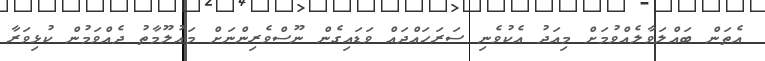
އެތަން ބައްލަވާލެއްވުމަށް މިއަދު އެކުވެނި ސަރަހައްދައް ވަޑައިގެން ނޫސްވެރިންނަށް މައުލޫމާތު ދެއްވަމުން ކުޅިވަރާ